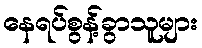
နေရပ်စွန့်ခွာသူများ